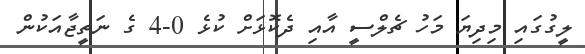
ލީގުގައި މިދިޔަ މަހު ޗެލްސީ އާއި ދެކޮޅަށް ކުޅެ 0-4 ގެ ނަތީޖާއަކުން